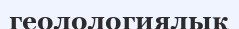
геолологиялық